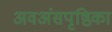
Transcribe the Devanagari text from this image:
अवअंसपृष्ठिका